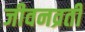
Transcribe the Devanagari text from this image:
जीवनव्रती